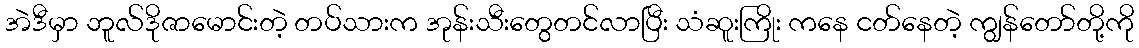
အဲဒီမှာ ဘူလ်ဒိုဇာမောင်းတဲ့ တပ်သားက အုန်းသီးတွေတင်လာပြီး သံဆူးကြိုး ကနေ ငတ်နေတဲ့ ကျွန်တော်တို့ကို